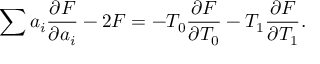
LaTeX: \sum a _ { i } \frac { \partial F } { \partial a _ { i } } - 2 F = - T _ { 0 } \frac { \partial F } { \partial T _ { 0 } } - T _ { 1 } \frac { \partial F } { \partial T _ { 1 } } .